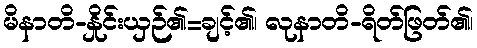
မိနာတိ-နှိုင်းယှဉ်၏=ချင့်၏၊ လုနာတိ-ရိတ်ဖြတ်၏၊